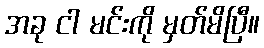
အခု ငါ မင်းကို မှတ်မိပြီ။